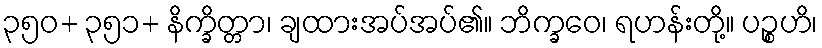
၃၅၀+ ၃၅၁+ နိက္ခိတ္တာ၊ ချထားအပ်အပ်၏။ ဘိက္ခဝေ၊ ရဟန်းတို့။ ပဉ္စဟိ၊